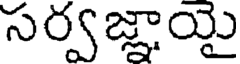
సర్వజ్ఞాయై